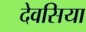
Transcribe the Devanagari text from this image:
देवसिया